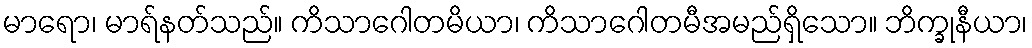
မာရော၊ မာရ်နတ်သည်။ ကိသာဂေါတမိယာ၊ ကိသာဂေါတမီအမည်ရှိသော။ ဘိက္ခုနီယာ၊